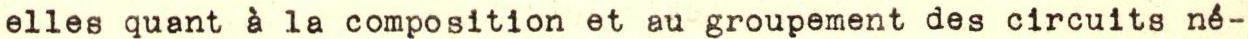
elles quant à la composition et au groupement des circuits né-